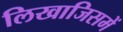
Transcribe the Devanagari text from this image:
लिखाजिसमें